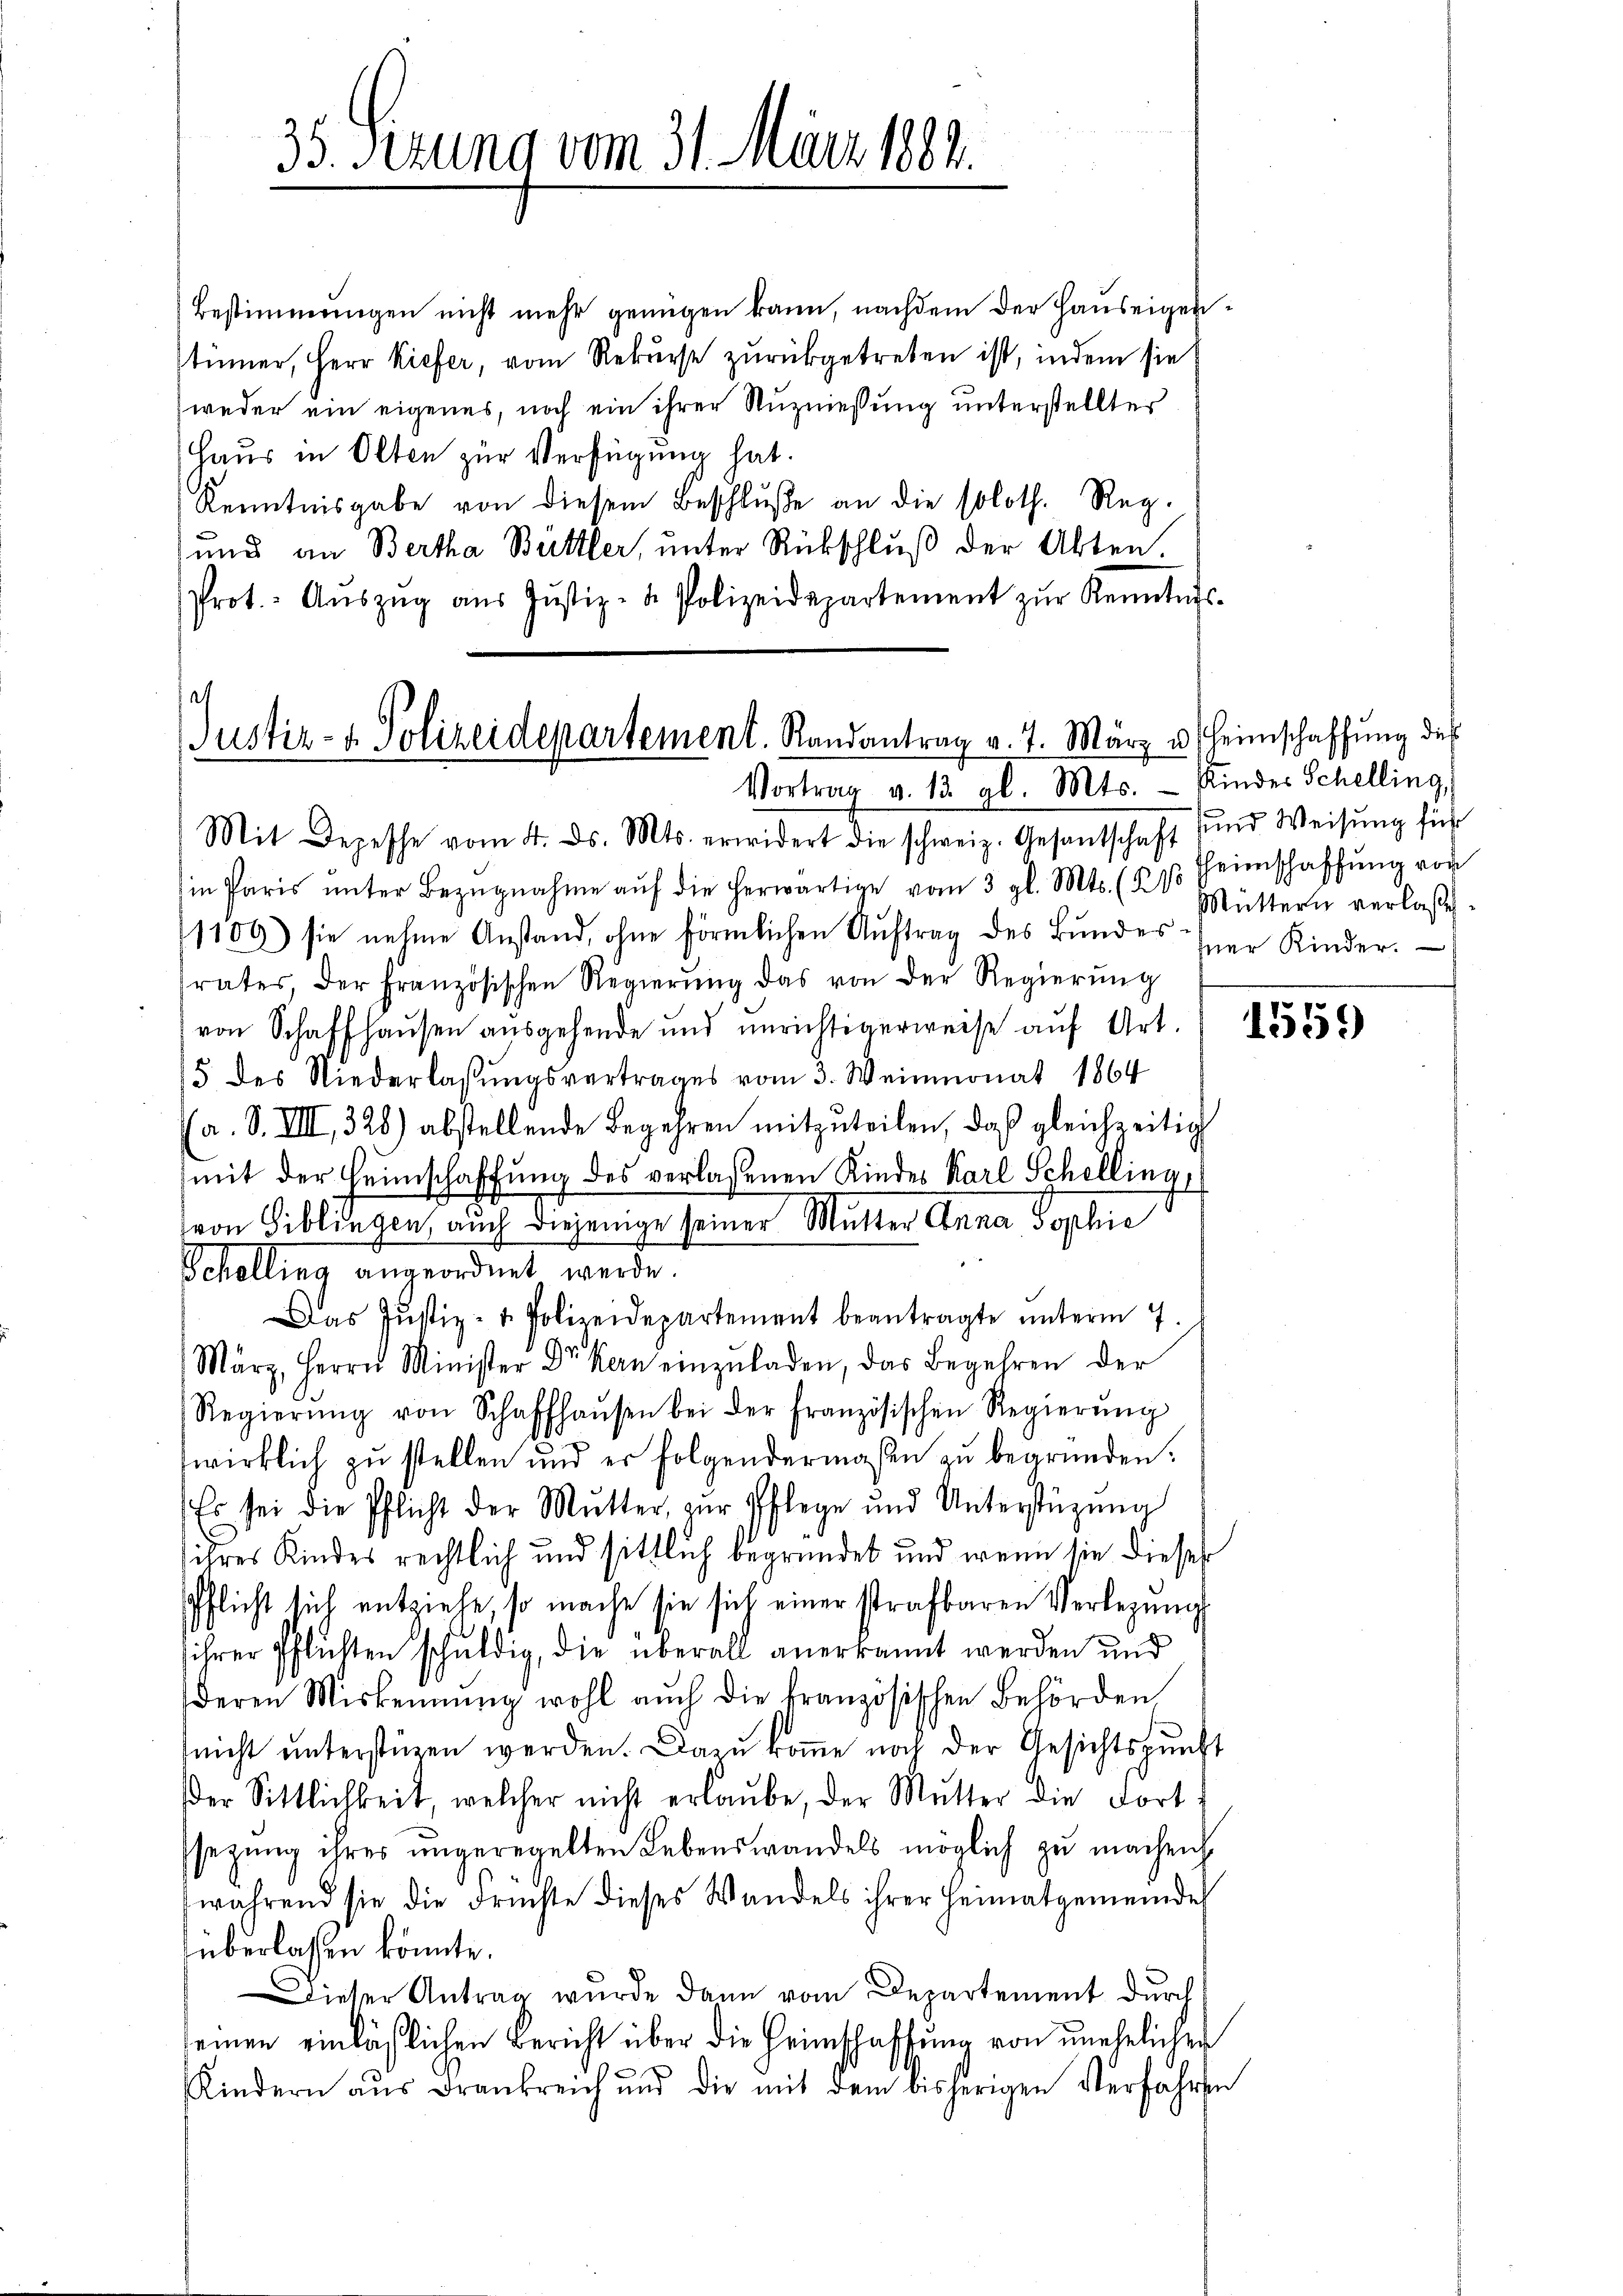
35. Sezung vom 31. März 1884.

Bestimmungen nicht mehr genügen kann, nachdem der Hauseigenstümer, Herr Kiefer, vom Rekurse zurückgetreten ist, indem sie
weder ein eigenes, noch ein ihrer Nuzniessung unterstellter
Haus in Olten zur Verfügung hat.
Kenntnisgabe von diesem Beschlŭβe an die soloth. Reg.
und an Bertha Bettler, unter Rückschluß der Akten.
Prot.- Aŭszŭg aŭs Jŭstiz- & Polizeidepartement zŭr Kenntnis-

Justiz- u. Polizeidepartement. Randantrag v. 7. März u. Heimschaffŭng des
Vortrag v. 13. gl. Mts. – Kinder Schelling,

Theimschaffung von

Mit Depesche vom 4. ds. Mts. erwidert die schweiz. Gesantschaft und Weisung führ
in Paris ŭnter Bezŭgnahme aŭf die herwärtige vom 3. gl. Mts. (T. Müttern verlasse-
1109) sie nehme Anstand, ohne förmlichen Auftrag des Bundes her Kinder.
srates, der Französischen Regierŭng das von der Regierŭng
von Schaffhausen ausgehende und unrichtigerweise auf Art. 1255)
5 des Niederlassŭngsvertrages vom 3. Weinmonat 1864
(a. S. VIII., 328) abstellende Begehren mitzuteilen, daß gleichzeitig
mit der Heimschaffung des verlassenen Kindes Karl Schelling
von Biblingen, auch diejenige seiner Mutter Anna Sophie
Schelling angeordnet werde.
Das Justiz- & Polizeidepartement beantragte unterm 7.
März, Herrn Minister Dr. Kern einzŭladen, das Begehren der
Regierŭng von Schaffhaŭsen bei der französischen Regierŭng
wirklich zu stellen und er folgendermaßen zu begründen:
Es sei die Pflicht der Mutter, zur Pflege und Unterstüzung
ihres Kindes rechtlich und sittlich begründet und wenn sie dieses
Pflicht sich entziehe, so mache sie sich einer strafbaren Verlegŭng
ihrer Pflichten schuldig, die überall anerkannt werden und
deren Miskennung wohl auch die französischen Behörden
(nicht unterstüzen werden. Dazu komme noch der Gesichtspunkt
der Sittlichkeit, welcher nicht erlaŭbe, der Mŭtter die Fort-
sezung ihres ungeregelten Lebenswandels möglich zu machen
während sie die Früchte dieses Wandels ihrer Heimatgemeindes
überlassen könnte.
Dieser Antrag wurde dann vom Departement durch
seinen einläßlichen Bericht über die Heimschaffung von unehelicher
Kindern aus Frankreich und die mit dem bisherigen Verfahren